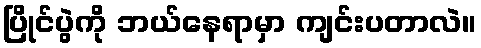
ပြိုင်ပွဲကို ဘယ်နေရာမှာ ကျင်းပတာလဲ။